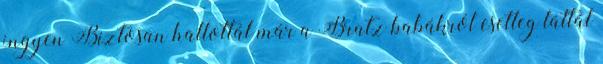
ingyen Biztosan hallottál már a Bratz babákról esetleg láttál